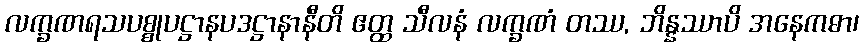
လက္ခဏရသပစ္စုပဋ္ဌာနပဒဋ္ဌာနာနီတိ ဧတ္ထ သီလနံ လက္ခဏံ တဿ, ဘိန္နဿာပိ အနေကဓာ၊